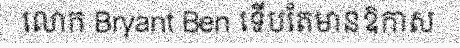
លោក Bryant Ben ទើបតែមានឱកាស